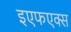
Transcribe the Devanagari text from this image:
इएफएक्स